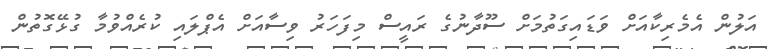
އަލުން އެމެރިކާއަށް ވަޑައިގަތުމަށް ސޫދާނުގެ ރައީސް މިފަހަރު ވިސާއަށް އެޕްލައި ކުރެއްވުމާ ގުޅޭގޮތުން